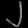
Digit: ၂